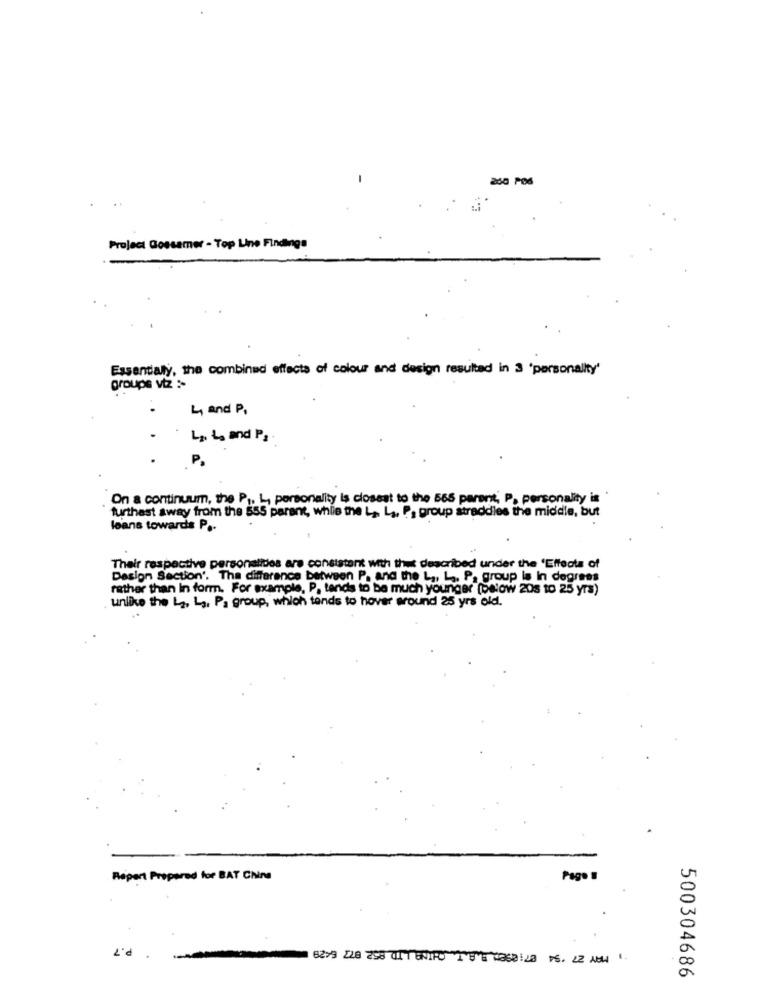
260 POS
Project Gossamer - Top Line Findinga
Essentially, the combined effects of colour and design resulted in 3 'personality'
groupe viz :-
. .
4 and P.
Lots and P.
P.
On a continuum, the P ,. L, personality is closest to the 565 parent, P, personality is '
furthast away from the 555 parent, while the L, L ,, P. group straddies the middle, but
loans towards P ..
Their respective personalides are consistent with thet described under the 'Effects of
Design Section'. The difference between P. and the L ,, L ., P. group la in degrees
rather than In form. For example, P. tends to be much younger (below 20s to 25 yrs)
unlike the La, La, Pa group, which tends to hover around 25 yrs old.
Report Prepared for BAT Ching
Pag. .
P.7
500304686